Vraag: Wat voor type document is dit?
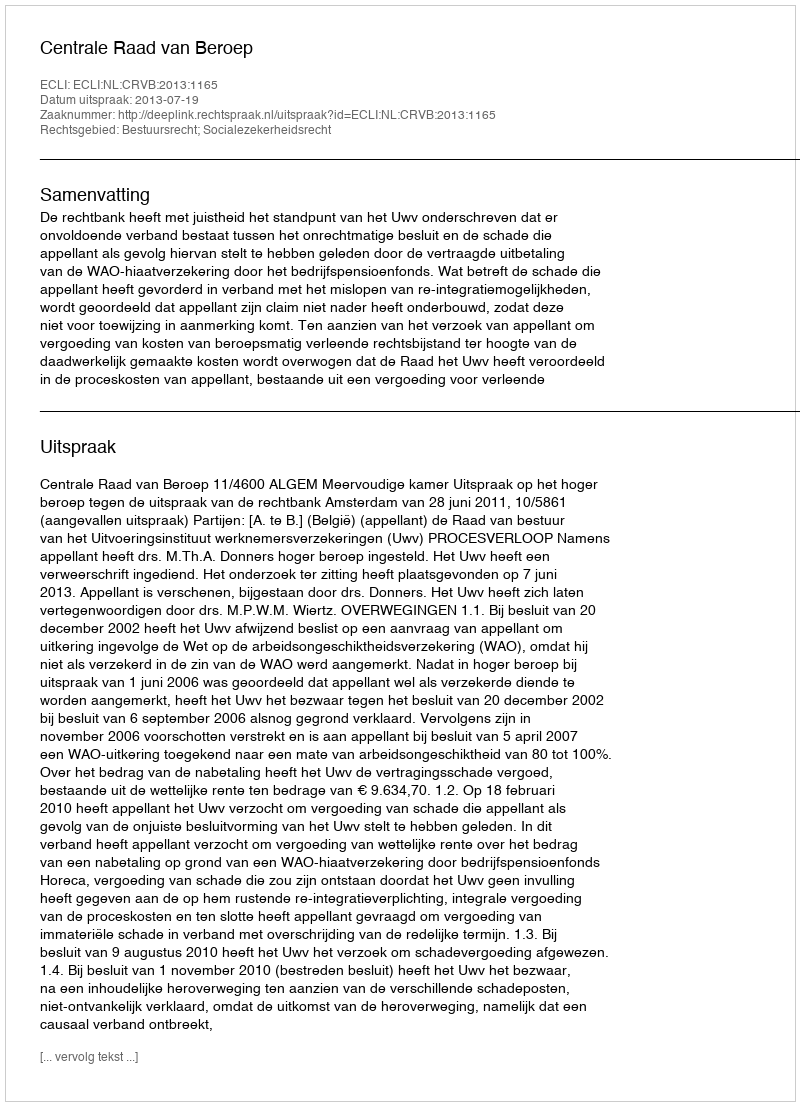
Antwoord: Uitspraak